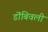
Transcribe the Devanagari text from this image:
डॊंबिवली